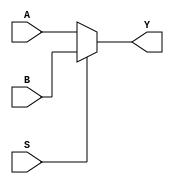
`timescale 1ns / 1ps
`default_nettype none

module four_bit_mux(Y, A, B, S);

    /*declare output and input ports */
    output reg [3:0] Y;         //output is a 4-bit wide reg
    input wire [3:0] A, B;     // A and B are 4-bit wide wires
    input wire S;               // Select is still 1-bit wide
    
     always@(A or B or S)    // always block which triggers whenever A, B, or S changes
        begin   //block constructs together
        //1'b0 represents a 1-bit binary value of 0
        if(S == 1'b0)   //double equals are used for comparisons
            Y = A;
        else
            Y = B;      // instead drive Y with B
    end
    
endmodule   // designate end of module